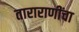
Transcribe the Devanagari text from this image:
ताराराणींचा